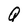
Character: Q